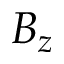
B _ { z }